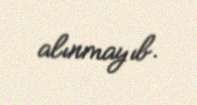
alınmayıb.